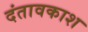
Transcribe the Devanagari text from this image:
दंतावकाश